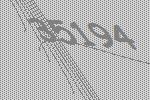
35194